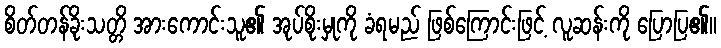
စိတ်တန်ခိုးသတ္တိ အားကောင်းသူ၏ အုပ်စိုးမှုကို ခံရမည် ဖြစ်ကြောင်းဖြင့် လူဆန်းကို ပြောပြ၏။